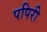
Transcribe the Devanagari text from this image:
पपिरी